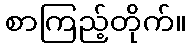
စာကြည့်တိုက်။